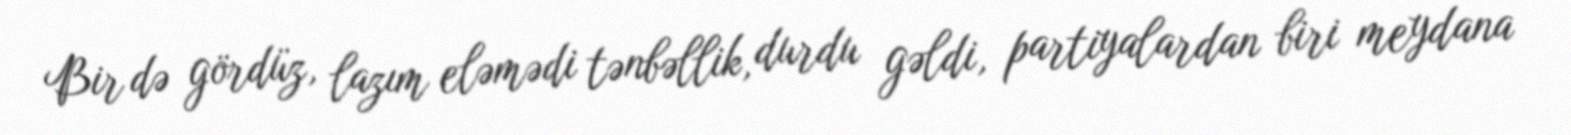
Bir də gördüz, lazım eləmədi tənbəllik, durdu gəldi, partiyalardan biri meydana